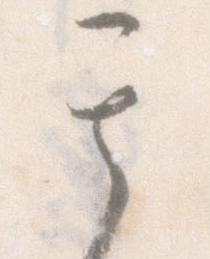
其